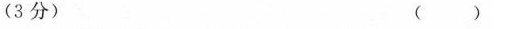
(3分)